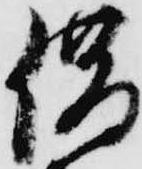
借